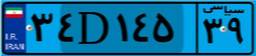
۳۴D۱۴۵۳۹